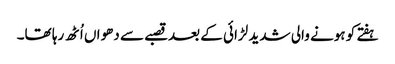
ہفتے کو ہونے والی شدید لڑائی کے بعدقصبے سے دھواں اُٹھ رہا تھا۔